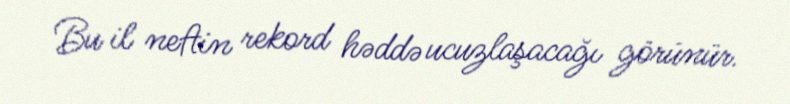
Bu il neftin rekord həddə ucuzlaşacağı görünür.